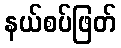
နယ်စပ်ဖြတ်